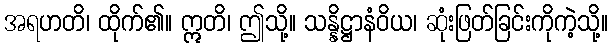
အရဟတိ၊ ထိုက်၏။ ဣတိ၊ ဤသို့။ သန္နိဋ္ဌာနံဝိယ၊ ဆုံးဖြတ်ခြင်းကိုကဲ့သို့။